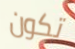
تكون